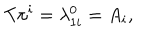
T \pi ^ { i } = \lambda _ { 1 i } ^ { 0 } = A _ { i } ,